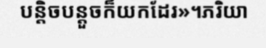
បន្តិចបន្តួចក៏យកដែរ»។ភរិយា